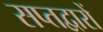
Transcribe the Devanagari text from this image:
सप्तद्वारों